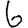
Digit: 6